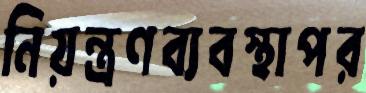
নিয়ন্ত্রণব্যবস্থাপর